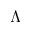
\Lambda